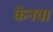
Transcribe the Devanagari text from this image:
केनवा